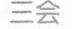
三会